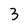
Character: 3